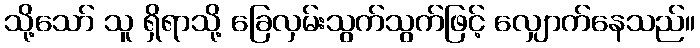
သို့သော် သူ ရှိရာသို့ ခြေလှမ်းသွက်သွက်ဖြင့် လျှောက်နေသည်။